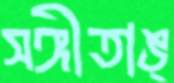
সঙ্গীতাঙ্